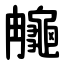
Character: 䶲